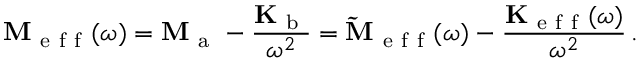
\mathbf { M } _ { \mathrm { ~ e ~ f ~ f ~ } } ( \omega ) = \mathbf { M } _ { \mathrm { ~ a ~ } } - \frac { \mathbf { K } _ { \mathrm { ~ b ~ } } } { \omega ^ { 2 } } = \mathbf { \widetilde { M } } _ { \mathrm { ~ e ~ f ~ f ~ } } ( \omega ) - \frac { \mathbf { K } _ { \mathrm { ~ e ~ f ~ f ~ } } ( \omega ) } { \omega ^ { 2 } } \, .